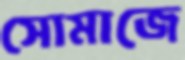
সোমাজে